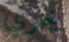
يجري